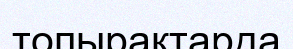
топырақтарда